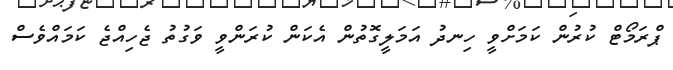
ޕްރަމޯޓް ކުރުން ކަމަށްވީ ހިނދު އަމަލީގޮތުން އެކަން ކުރަންވީ ވަގުތު ޖެހިއްޖެ ކަމައްވެސް